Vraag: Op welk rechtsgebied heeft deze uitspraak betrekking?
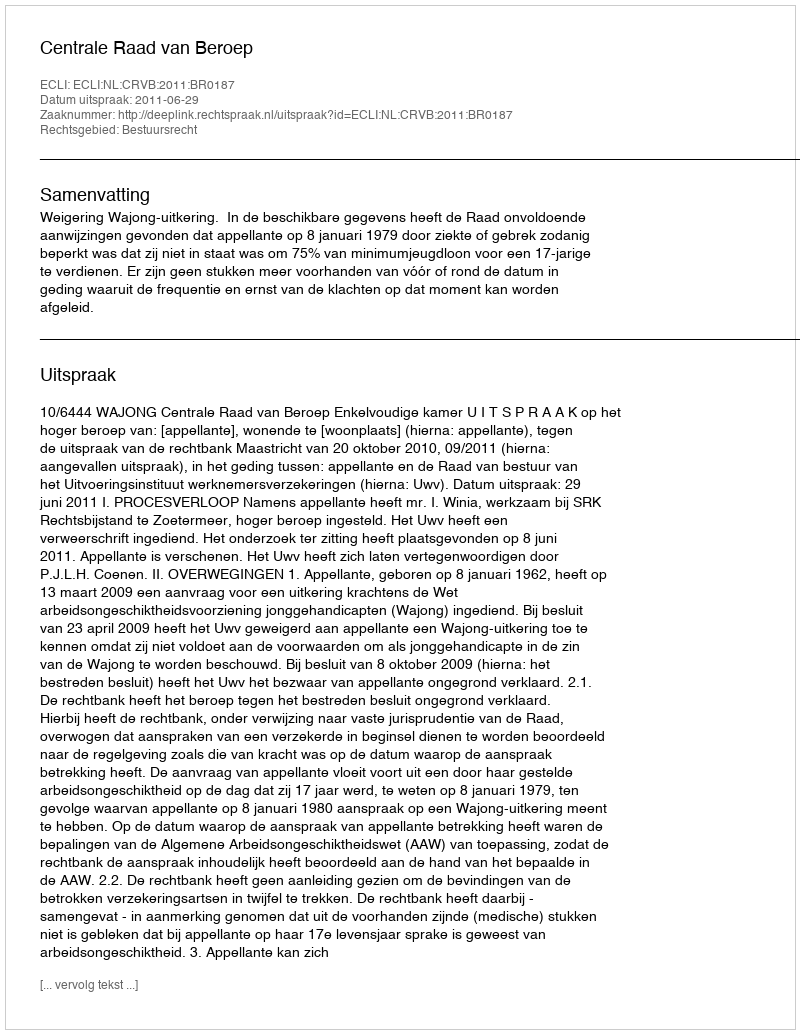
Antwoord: Bestuursrecht